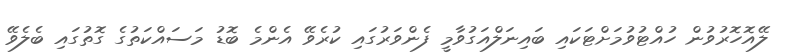
ލޭއޮހޮރުވުން ހުއްޓުވުމަށްޓަކައި ބައިނަލްއަގުވާމީ ފެންވަރުގައި ކުރެވޭ އެންމެ ބޮޑު މަސައްކަތުގެ ގޮތުގައި ބެލެވޭ